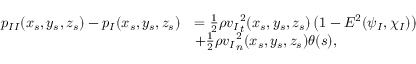
\begin{array} { r l } { { p _ { I I } } ( x _ { s } , y _ { s } , z _ { s } ) - { p _ { I } } ( x _ { s } , y _ { s } , z _ { s } ) } & { = \frac { 1 } { 2 } \rho { v _ { I } } _ { t } ^ { 2 } ( x _ { s } , y _ { s } , z _ { s } ) \left( 1 - E ^ { 2 } ( \psi _ { I } , \chi _ { I } ) \right) } \\ & { + \frac { 1 } { 2 } \rho { v _ { I } } _ { n } ^ { 2 } ( x _ { s } , y _ { s } , z _ { s } ) \theta ( s ) , } \end{array}